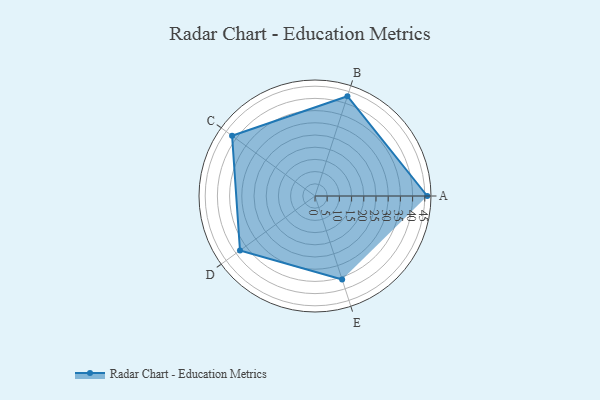
{"axis": {"x": "Skill", "y": "Score"}, "legend": ["Profile"], "data": [{"x": "A", "y": 46.0, "type": "Profile"}, {"x": "B", "y": 43.0, "type": "Profile"}, {"x": "C", "y": 42.0, "type": "Profile"}, {"x": "D", "y": 38.0, "type": "Profile"}, {"x": "E", "y": 36.0, "type": "Profile"}]}